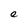
Character: e